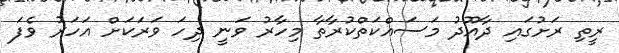
ރީތި ރަށުގައި ދާއޫދު މަސައްކަތްކުރާތާ މިހާރު ވަނީ ދިހަ ވަރަކަށް އަހަރު ވެފަ